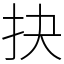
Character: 抉